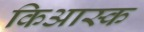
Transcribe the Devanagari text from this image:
किआस्क